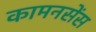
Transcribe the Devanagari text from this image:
कामनसेंस